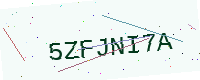
Text: 5ZFJNI7A